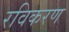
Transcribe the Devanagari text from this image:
रविकरण